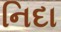
નિદા